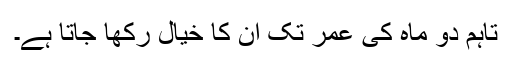
تاہم دو ماہ کی عمر تک ان کا خیال رکھا جاتا ہے۔